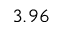
3 . 9 6